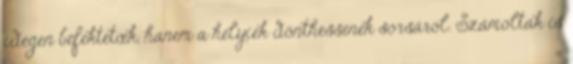
idegen befektetœk, hanem a helyiek dönthessenek sorsáról. Számoltak is